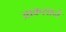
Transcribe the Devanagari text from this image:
आकसाने